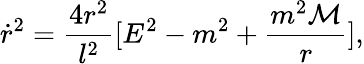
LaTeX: \dot{r}^{2}=\frac{4r^{2}}{l^{2}}[E^{2}-m^{2}+\frac{m^{2}{\cal M}}{r}],